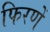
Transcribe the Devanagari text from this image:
फिरणें